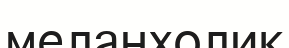
меланхолик